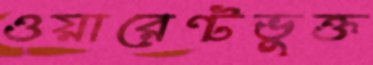
ওয়ারেন্টভুক্ত